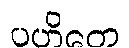
ပဟိတေ